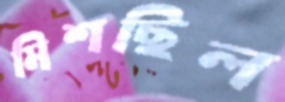
মিশছিল